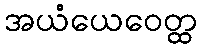
အယံယေဝေတ္ထ